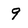
Character: 9